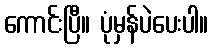
ကောင်းပြီ။ ပုံမှန်ပဲပေးပါ။